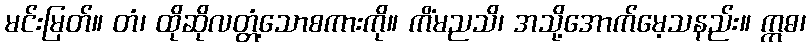
မင်းမြတ်။ တံ၊ ထိုဆိုလတ္တံ့သောစကားကို။ ကိံမညသိ၊ အသို့အောက်မေ့သနည်း။ ဣဓ၊